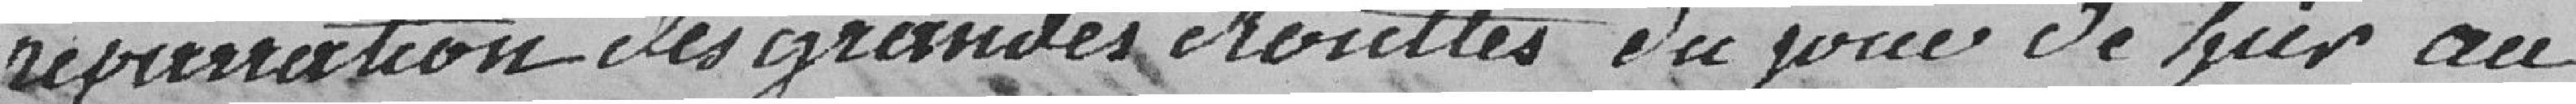
réparation des grandes routes du jour de hier au